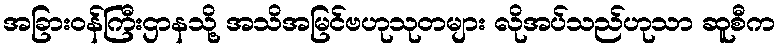
အခြားဝန်ကြီးဌာနသို့ အသိအမြင်ဗဟုသုတများ လိုအပ်သည်ဟုသာ ဆူစီက